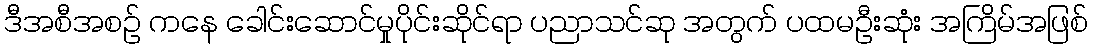
ဒီအစီအစဉ် ကနေ ခေါင်းဆောင်မှုပိုင်းဆိုင်ရာ ပညာသင်ဆု အတွက် ပထမဦးဆုံး အကြိမ်အဖြစ်